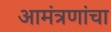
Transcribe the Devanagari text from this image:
आमंत्रणांचा